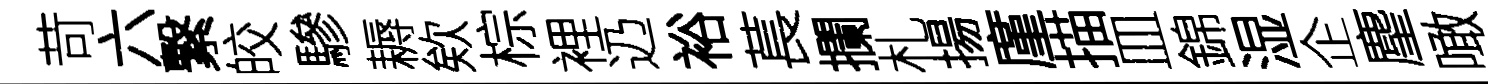
苛六繋皎驂耨欸棕裡辸裕萇攔札揚廑描皿錦湿企麈噉